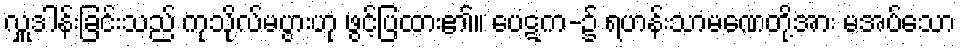
လှူဒါန်းခြင်းသည် ကုသိုလ်မပွားဟု ဖွင့်ပြထား၏။ ပေဋက-၌ ရဟန်းသာမဏေတို့အား မအပ်သော